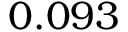
0 . 0 9 3